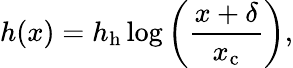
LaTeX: h(x)=h_{\mathrm{h}}\log\left(\frac{x+\delta}{x_{\mathrm{c}}}\right),